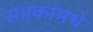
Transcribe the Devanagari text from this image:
सप्तकांमधे